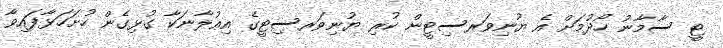
ޓީ ސާމާނު ހޯދުމަށް އެ ޔުނިވަރސިޓީން ކުރި ޔުނިވަރސިޓީގެ އިޢުލާނަކާ ގުޅިގެން ހުށަހަޅާފައިވާ